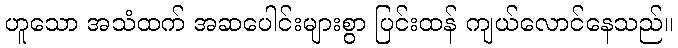
ဟူသော အသံထက် အဆပေါင်းများစွာ ပြင်းထန် ကျယ်လောင်နေသည်။